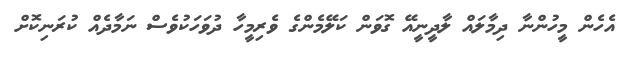
އެހެން މީހުންނާ ދިމާލައް ލާދީނީއޭ ގޮވަން ކަލޭމެންގެ ވެރިމީހާ ދުވަހަކުވެސް ނަމާދެއް ކުރަނިކޮށް